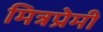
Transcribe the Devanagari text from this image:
मित्रप्रेमी